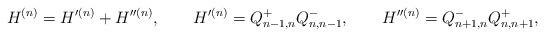
LaTeX: \begin{align*}H^{(n)} = H'^{(n)} + H''^{(n)}, \qquad H'^{(n)} = Q^+_{n-1,n} Q^-_{n,n-1},\qquad H''^{(n)} = Q^-_{n+1,n} Q^+_{n,n+1}, \end{align*}